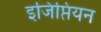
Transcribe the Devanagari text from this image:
इजिप्तियन